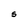
Character: S